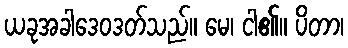
ယခုအခါဒေဝဒတ်သည်။ မေ၊ ငါ၏။ ပိတာ၊